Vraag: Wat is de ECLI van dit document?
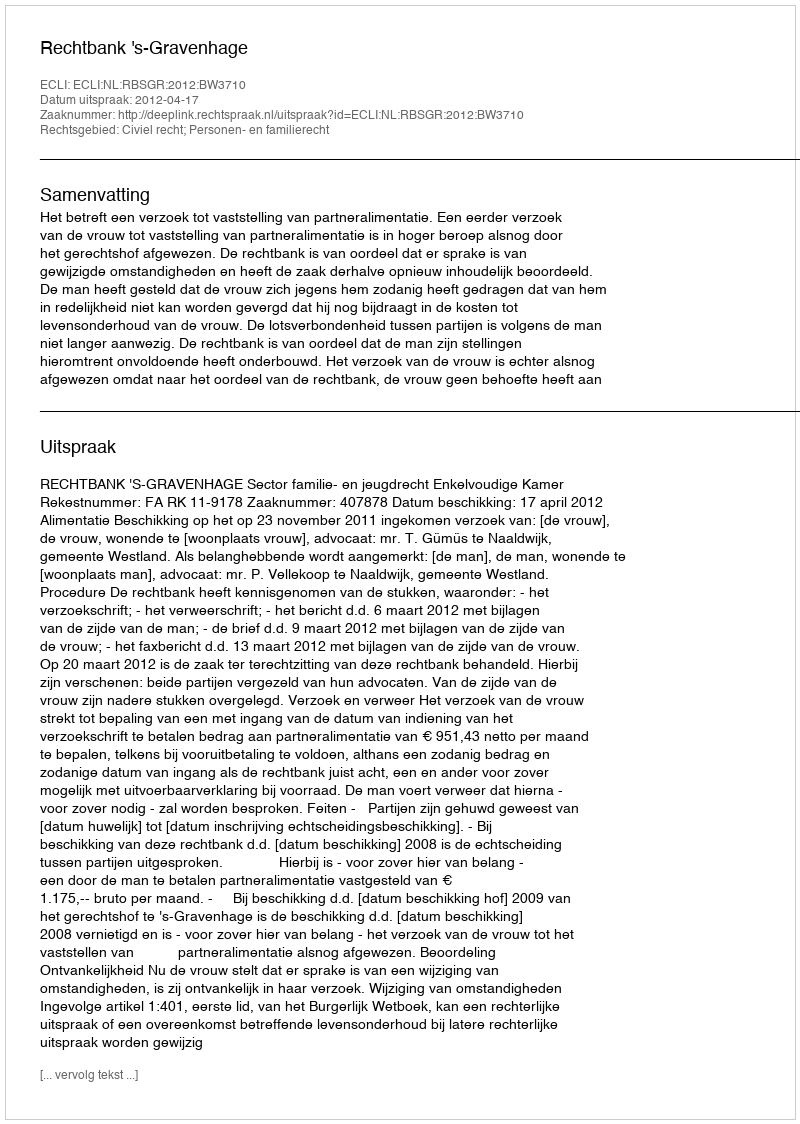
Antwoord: ECLI:NL:RBSGR:2012:BW3710